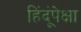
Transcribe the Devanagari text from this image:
हिंदूंपेक्षा